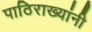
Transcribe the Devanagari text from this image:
पाठिराख्यांनी